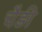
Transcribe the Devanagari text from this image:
चैड़ी